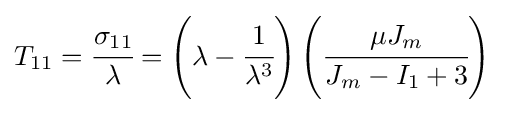
T_{11}={\cfrac {\sigma _{11}}{\lambda }}=\left(\lambda -{\cfrac {1}{\lambda ^{3}}}\right)\left({\cfrac {\mu J_{m}}{J_{m}-I_{1}+3}}\right)~